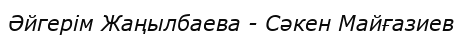
Әйгерім Жаңылбаева - Сәкен Майғазиев